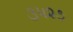
૩૫૨૭